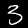
Label: 3